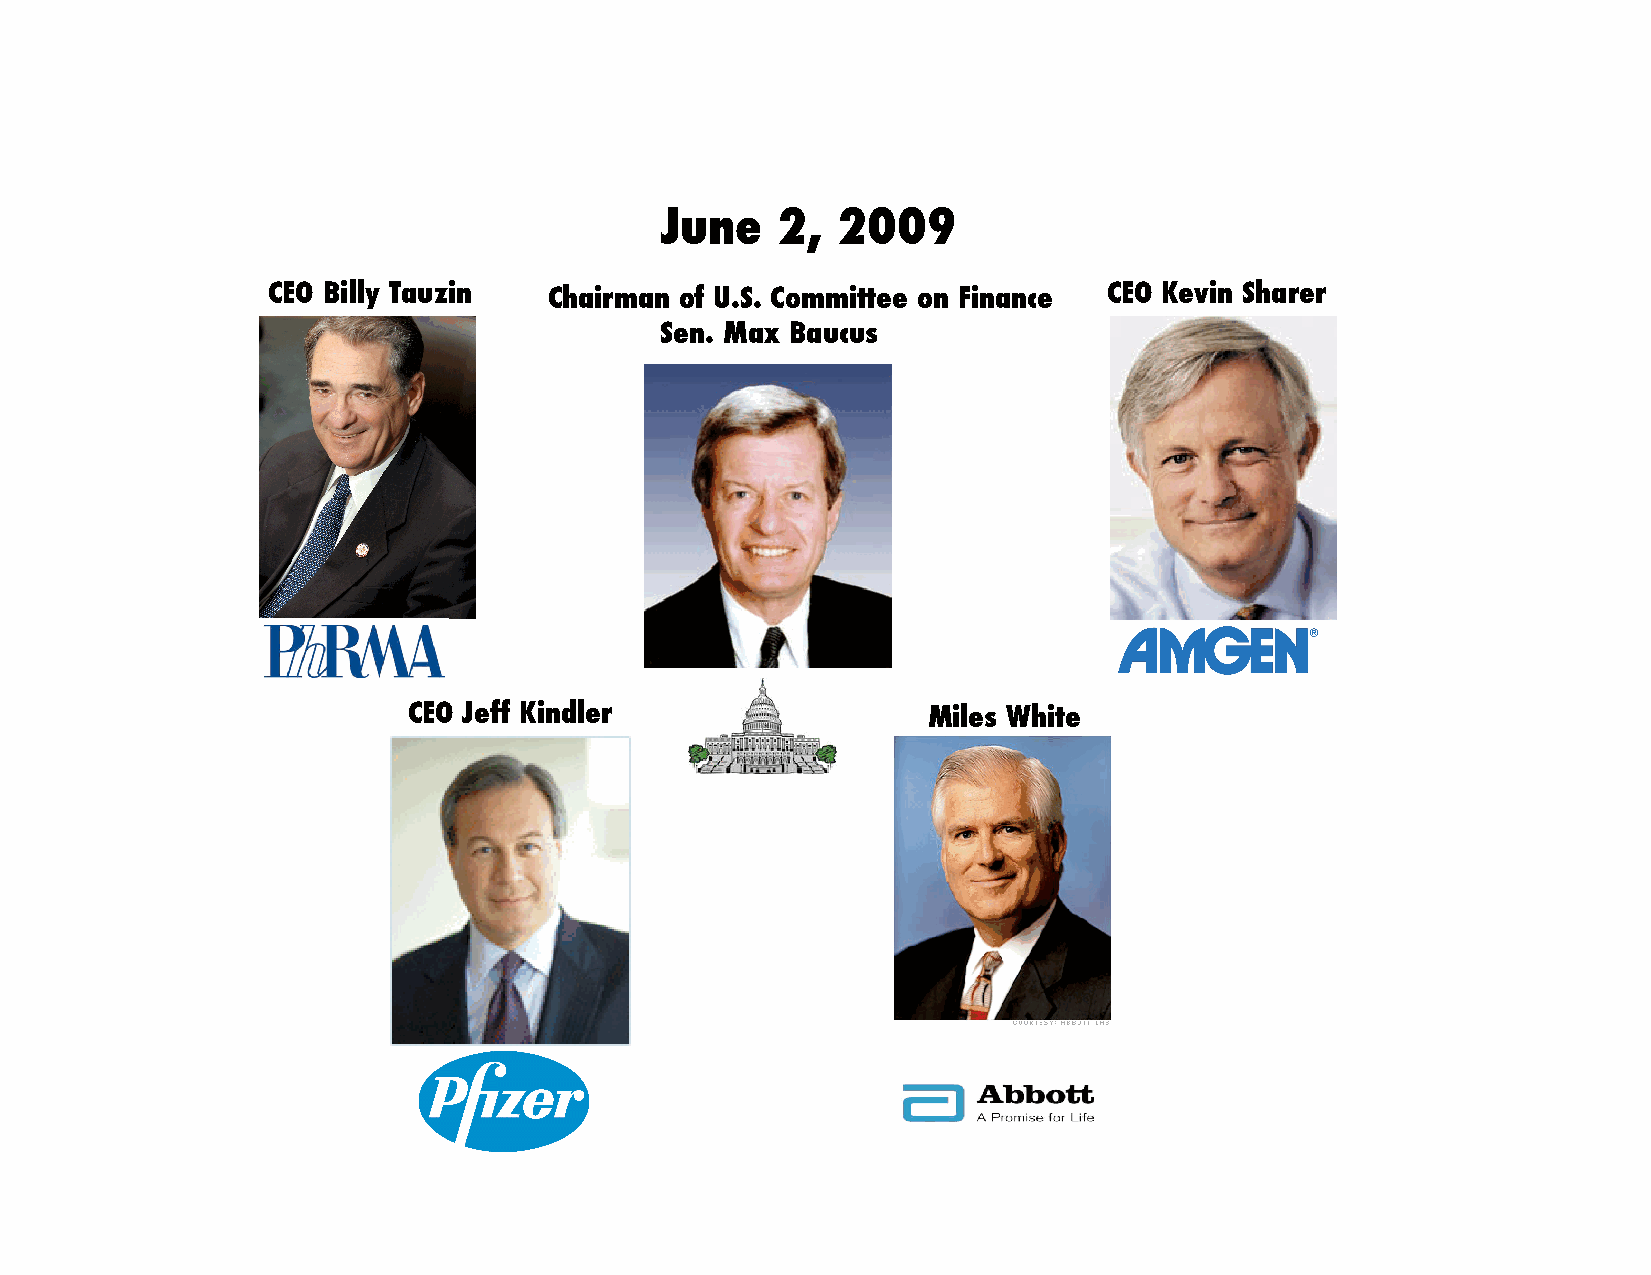
June   2,  2009!
 CEO Billy Tauzin! Chairman of U.S. Committee on Finance! CEO Kevin Sharer!
 Sen. Max Baucus!
 CEO Jeff Kindler!                 Miles White!